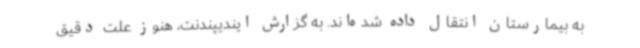
به بیمارستان انتقال داده شده‌اند. به گزارش ایندیپندنت،‌ هنوز علت دقیق